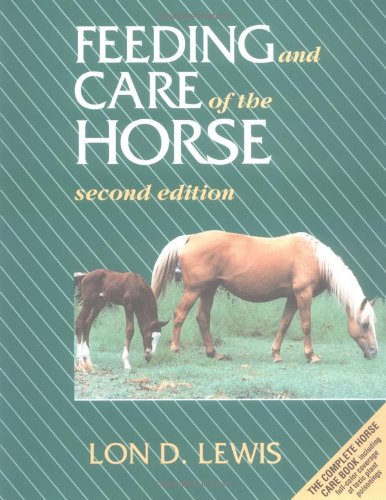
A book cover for Feeding and Care of the Horse; Lon D. Lewis; Crafts, Hobbies & Home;